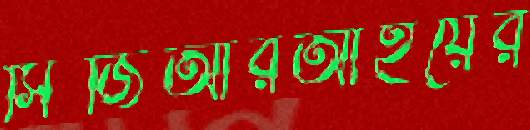
সিজিআরআইয়ের